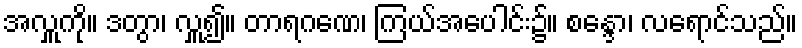
အလှူကို။ ဒတွာ၊ လှူ၍။ တာရဂဏေ၊ ကြယ်အပေါင်း၌။ စန္ဒော၊ လရောင်သည်။